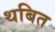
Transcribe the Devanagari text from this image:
थबित